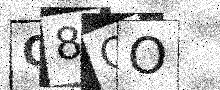
Text: C8QO